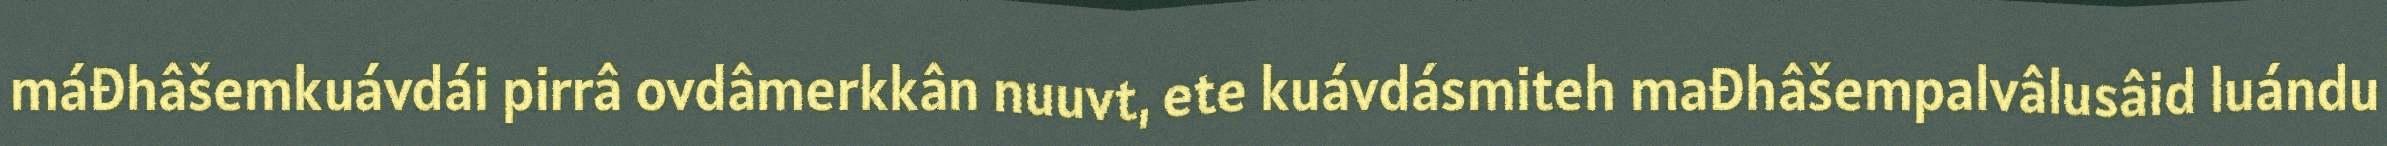
máđhâšemkuávdái pirrâ ovdâmerkkân nuuvt, ete kuávdásmiteh mađhâšempalvâlusâid luándu